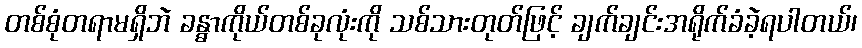
တစ်စုံတရာမရှိဘဲ ခန္ဓာကိုယ်တစ်ခုလုံးကို သစ်သားတုတ်ဖြင့် ချက်ချင်းအရိုက်ခံခဲ့ရပါတယ်၊